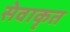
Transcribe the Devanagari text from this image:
सेवाकृत